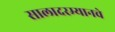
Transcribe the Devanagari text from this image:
सालादरम्यानचे